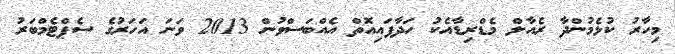
މިހާރު ކުޅެމުންދާ ރެއާލް މެޑްރިޑާއެކު ހަދާފައިއޮތް އެއްބަސްވުން 2013 ވަނަ އަހަރުގެ ސެޕްޓެމްބަރު